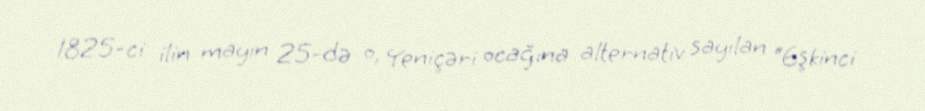
1825-ci ilin mayın 25-də o, Yeniçəri ocağına alternativ sayılan “Eşkinci